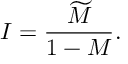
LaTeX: I = { \frac { \widetilde M } { 1 - M } } .